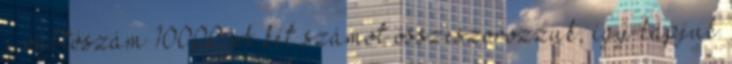
a váltószám 10000 A két számot összeszorozzuk, így kapjuk